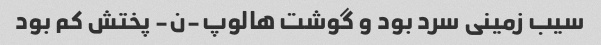
سیب زمینی سرد بود و گوشت هالوپ-ن- پختش کم بود